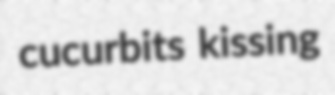
cucurbits kissing